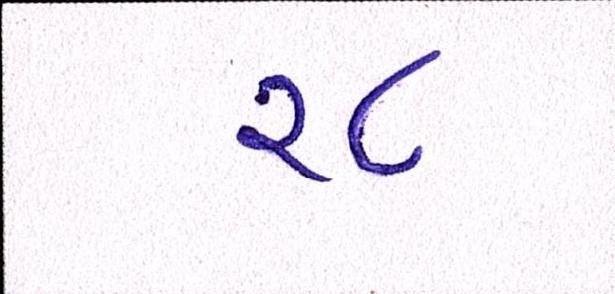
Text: ૨૮